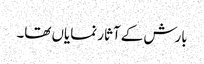
بارش کے آثار نمایاں تھا۔